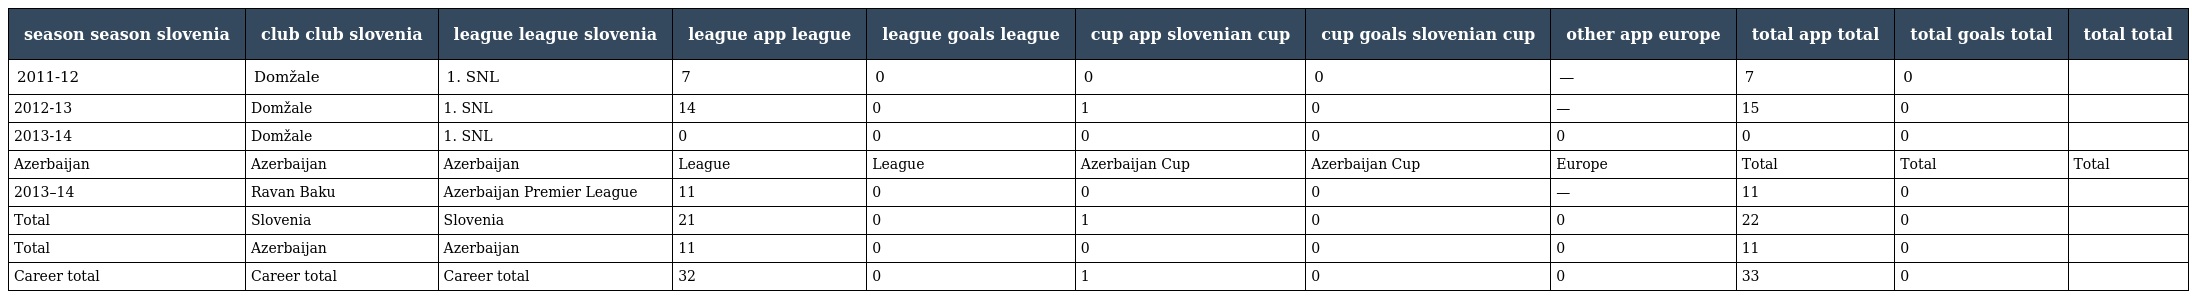
| season season slovenia | club club slovenia | league league slovenia | league app league | league goals league | cup app slovenian cup | cup goals slovenian cup | other app europe | total app total | total goals total | total  total |
 | --- | --- | --- | --- | --- | --- | --- | --- | --- | --- | --- |
 | 2011-12 | Domžale | 1. SNL | 7 | 0 | 0 | 0 | — | 7 | 0 |  |
 | 2012-13 | Domžale | 1. SNL | 14 | 0 | 1 | 0 | — | 15 | 0 |  |
 | 2013-14 | Domžale | 1. SNL | 0 | 0 | 0 | 0 | 0 | 0 | 0 |  |
 | Azerbaijan | Azerbaijan | Azerbaijan | League | League | Azerbaijan Cup | Azerbaijan Cup | Europe | Total | Total | Total |
 | 2013–14 | Ravan Baku | Azerbaijan Premier League | 11 | 0 | 0 | 0 | — | 11 | 0 |  |
 | Total | Slovenia | Slovenia | 21 | 0 | 1 | 0 | 0 | 22 | 0 |  |
 | Total | Azerbaijan | Azerbaijan | 11 | 0 | 0 | 0 | 0 | 11 | 0 |  |
 | Career total | Career total | Career total | 32 | 0 | 1 | 0 | 0 | 33 | 0 |  |